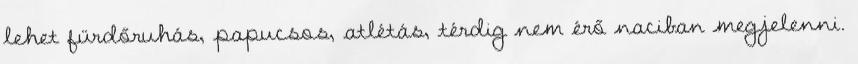
lehet fürdőruhás, papucsos, atlétás, térdig nem érő naciban megjelenni.